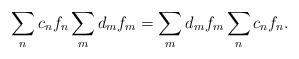
\begin{align*}\sum_n c_n f_n \* \sum_m d_m f_m =\sum_m d_m f_m \* \sum_n c_n f_n .\end{align*}